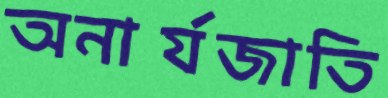
অনার্যজাতি